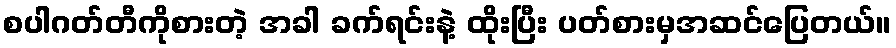
စပါဂတ်တီကိုစားတဲ့ အခါ ခက်ရင်းနဲ့ ထိုးပြီး ပတ်စားမှအဆင်ပြေတယ်။